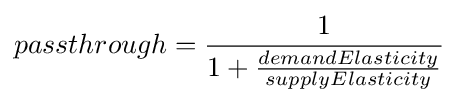
{passthrough}={\frac {1}{1+{\frac {demandElasticity}{supplyElasticity}}}}